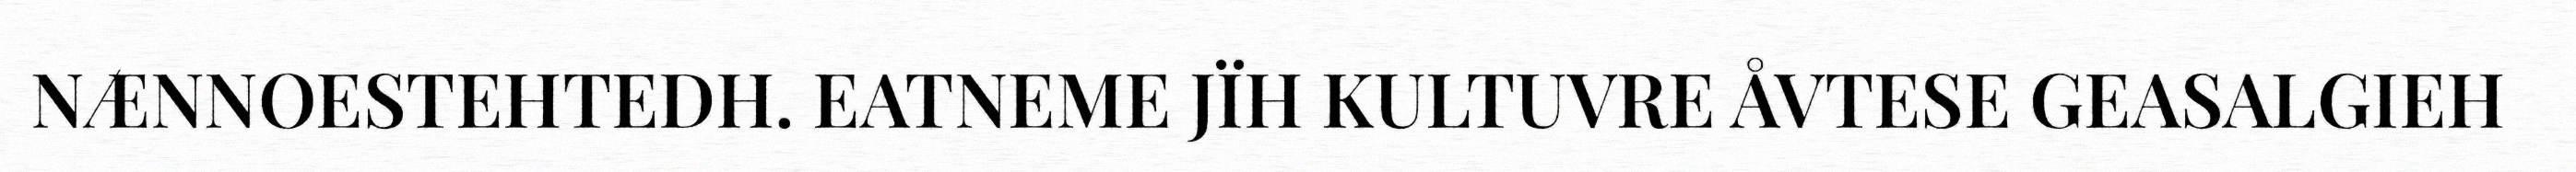
NÆNNOESTEHTEDH. EATNEME JÏH KULTUVRE ÅVTESE GEASALGIEH